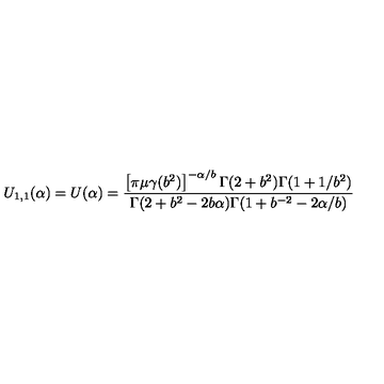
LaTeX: U _ { 1 , 1 } ( \alpha ) = U ( \alpha ) = \frac { \left[ \pi \mu \gamma ( b ^ { 2 } ) \right] ^ { - \alpha / b } \Gamma ( 2 + b ^ { 2 } ) \Gamma ( 1 + 1 / b ^ { 2 } ) } { \Gamma ( 2 + b ^ { 2 } - 2 b \alpha ) \Gamma ( 1 + b ^ { - 2 } - 2 \alpha / b ) }